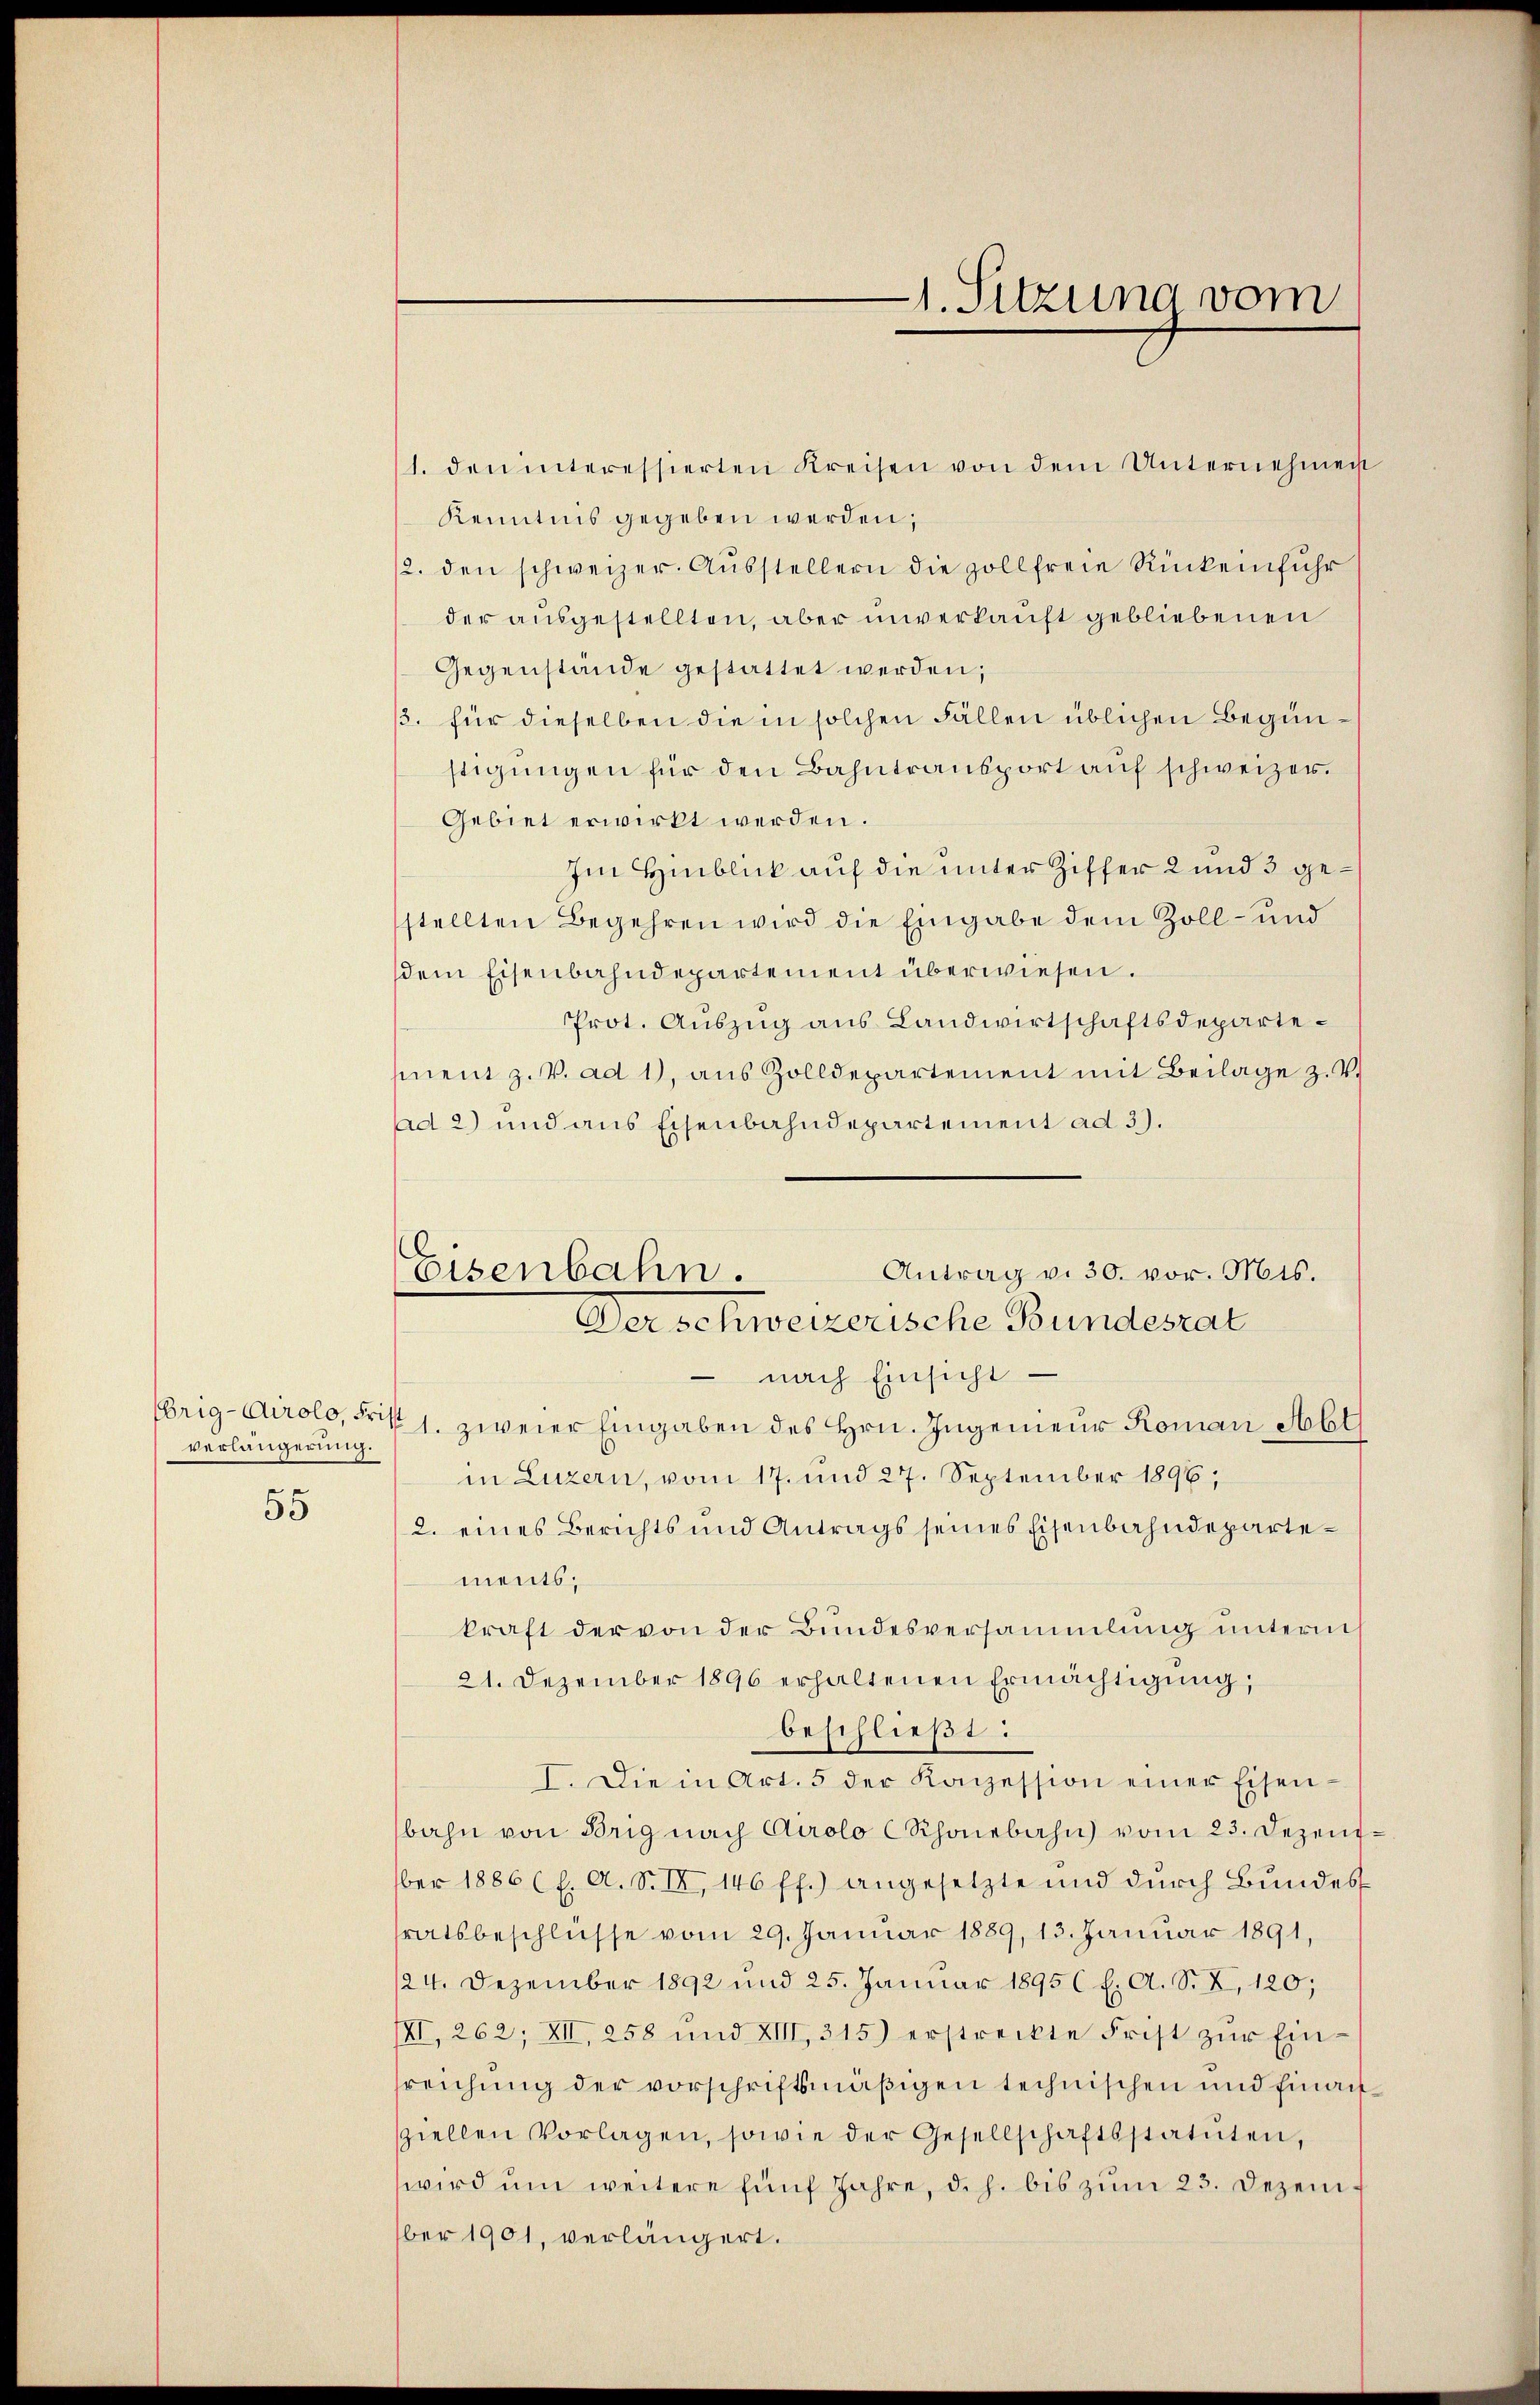
verlängerung.

55

Kenntnis gegeben werden;
2. den schweizer. Aŭsstellern die zollfreie Rückenfŭhr
der ausgestellten, aber unverkauft gebliebenen
Gegenstände gestattet werden;
3. für dieselben die in solchen Fällen üblichen Begünstigungen für den Bahntransport auf schweizer.
Gebiet erwirkt werden.
Im Hinblick auf die unter Ziffer 2 und 3 gestellten Begehren wird die Eingabe dem Zoll- und
dem Eisenbahndepartement überwiesen.
Prot. Auszug aus Landwirtschaftsdepartement z. V. ad 1, aus Zolldepartement mit Beilage z. V.
Ad 2) und aus Eisenbahndepartement ad 3).
nach Einsicht
rig-Airolo, Frist 1. zweier Eingaben des Hrn. Ingenieur Romani, Habl
in Luzern, vom 17. und 27. September 1896,
2. eines Berichts und Antrags seines Eisenbahndepartements;
kraft der von der Bundesversammlung unterm
21. Dezember 1896 erhaltenen Ermächtigung,
beschließt:
I. Die in Art. 5 der Konzession einer Eisen-
bahn von Brig nach Airolo C Schonebahn vom 23. Dezember 1886 (l. A. S. II, 146 ff.) angesetzte und durch Bundes
ratsbeschlüsse vom 29. Januar 1889, 13. Januar 1891,
124. Dezember 1892 und 25. Januar 1895 f. A. S. X. 120;
IXI, 262, XII, 258 und XIII, 315) erstreckte Frist zŭr Ein-
sreichung der vorschriftsmäßigen technischen und Einansziellen Vorlagen, sowie der Gesellschaftsstatuten,
wird ŭm weitere fünf Jahre, d. h. bis zum 23. Dezem f
ber 1901, verlängert.

1. Sitzung vom

1. den interessierten Kreisen von dem Unternehmen

Antrag v. 30. vor. Mts.
Eisenbahn.
Der schweizerische Bundesrat